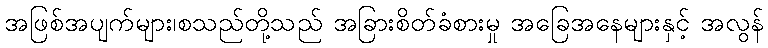
အဖြစ်အပျက်များ၊စသည်တို့သည် အခြားစိတ်ခံစားမှု အခြေအနေများနှင့် အလွန်